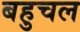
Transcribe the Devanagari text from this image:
बहुचल